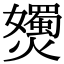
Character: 𡤗